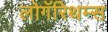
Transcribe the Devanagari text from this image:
लोगॅरिथम्स